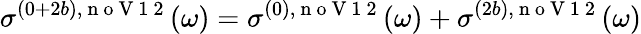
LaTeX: \sigma^{(0+2b),\mathrm{~n~o~V~1~2~}}(\omega)=\sigma^{(0),\mathrm{~n~o~V~1~2~}}(\omega)+\sigma^{(2b),\mathrm{~n~o~V~1~2~}}(\omega)